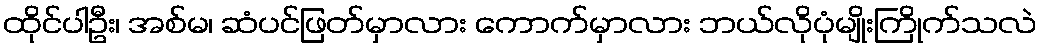
ထိုင်ပါဦး၊ အစ်မ၊ ဆံပင်ဖြတ်မှာလား ကောက်မှာလား ဘယ်လိုပုံမျိုးကြိုက်သလဲ